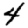
Digit: 4